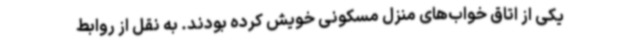
یکی از اتاق خواب‌های منزل مسکونی خویش کرده بودند. به نقل از روابط